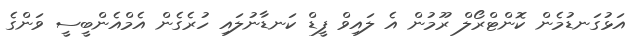
އަޅުގަނޑުމެން ކޮންޓްރޯލް ރޫމުން އެ ލައިވް ފީޑް ކަނޑާނުލައި ހުރެގެން އެމްއެންބީސީ ވަންގެ